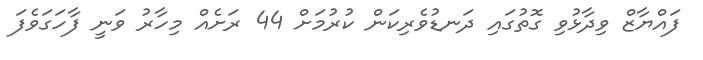
ފައްޔާޒް ވިދާޅުވި ގޮތުގައި ދަނޑުވެރިކަން ކުރުމަށް 44 ރަށެއް މިހާރު ވަނީ ފާހަގަވެފަ